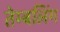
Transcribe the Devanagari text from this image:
तेम्बलिंग